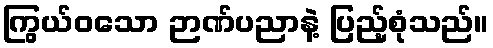
ကြွယ်ဝသော ဉာဏ်ပညာနဲ့ ပြည့်စုံသည်။